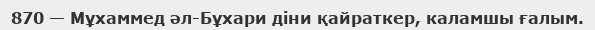
870 — Мұхаммед әл-Бұхари діни қайраткер, каламшы ғалым.